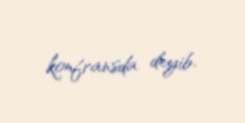
konfransda deyib.